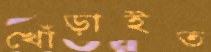
খোঁড়াইত